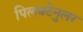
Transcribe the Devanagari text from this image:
पिलक्टेनुलर